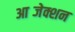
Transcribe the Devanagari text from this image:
आब्जेक्शन